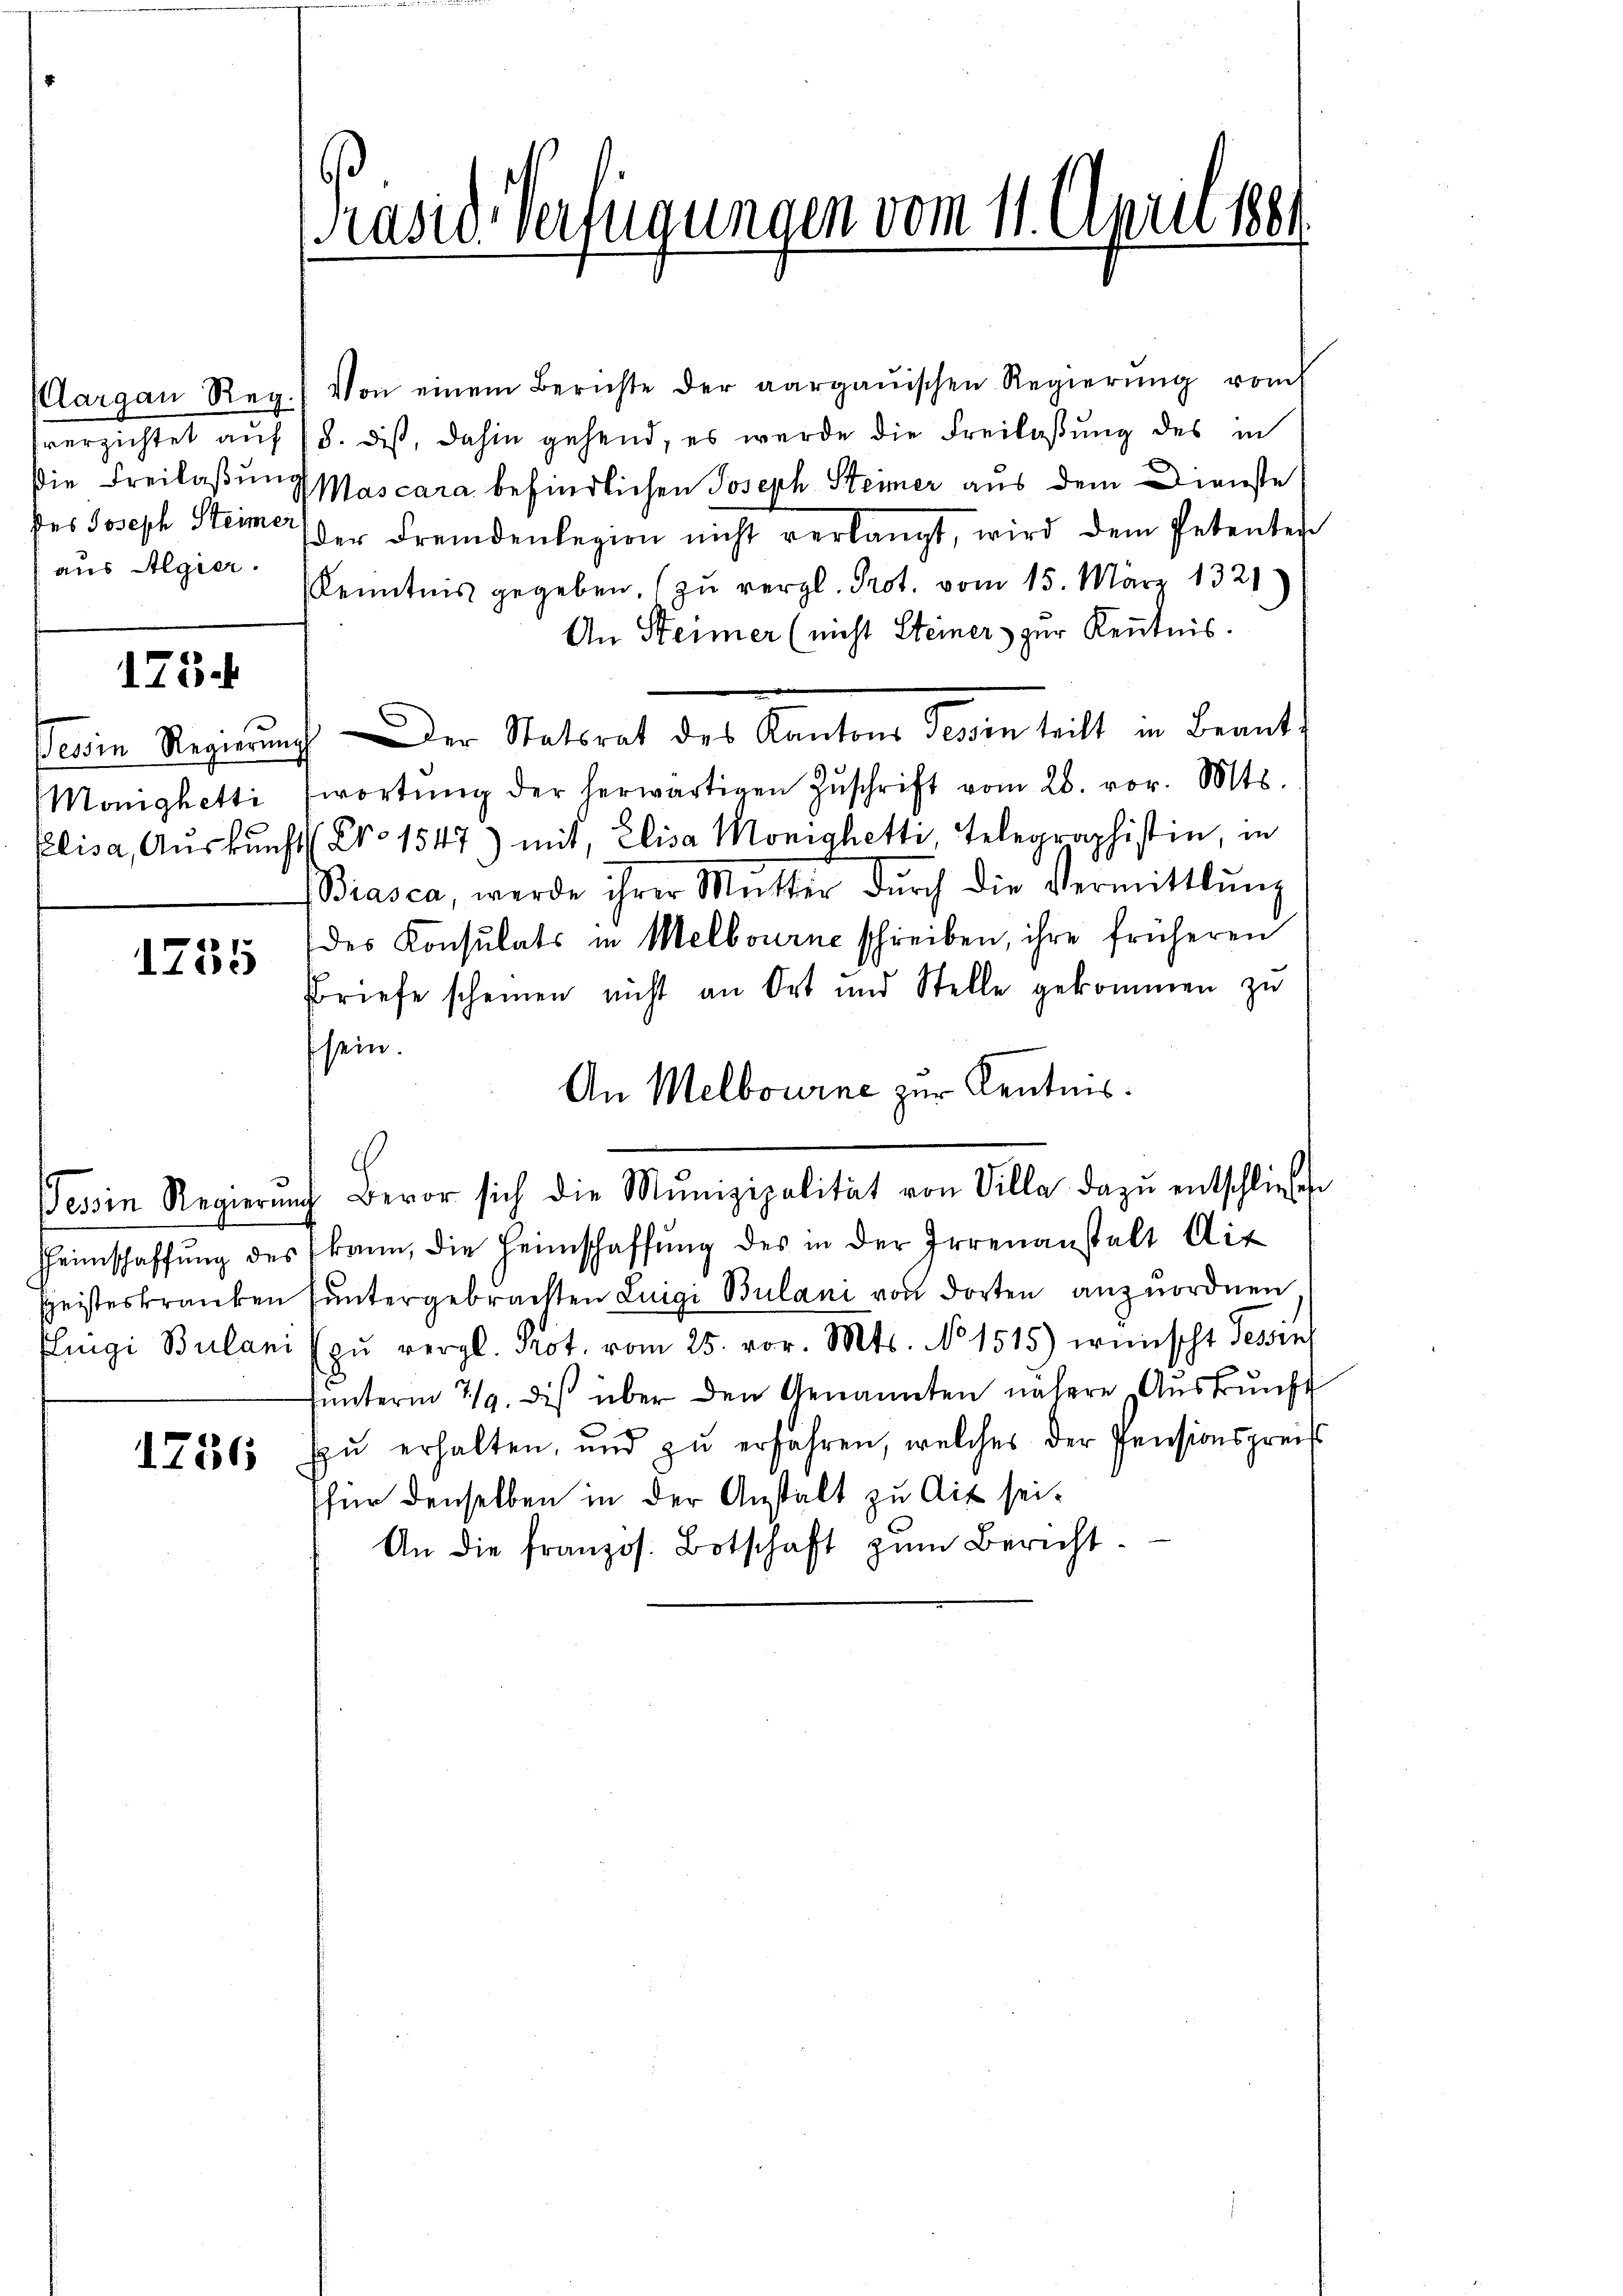
largau Reg
verzichtet auf
Die Freilaßun
des Joseph Steine
aus Algier

1754

Tessin Regierung
Mönighetti

1735

Hheimschaffung de

1756

rasid-Verfügungen vom 11. Apiu 1864

Von einem Berichte der aargauischen Regierŭng vom
ze
1/3. dis, dahin gehend, es wurde die Freilaßung des in
Mascara befindlichen Joseph Steimer aus dem Dienste
der Fremdenlegion nicht verlangt, wird dem Petenten
Kenntnis gegeben, zu vergl. Prot. vom 15. März 1321
An Steiner (nicht Steiner zur Kenntnis.
.
Der Statsrat des Kantons Tessin teilt in Beantwortŭng der herwärtigen Zŭschrift vom 28. vor. Mts.
Elisa, Auskunft (Kro. 1547) mit, Elisa Monighetti, Telegraphistin, in
Biasca, werde ihrer Mutter dŭrch die Vermittlung
des Konsulats in Melbourne schreiben, ihre früheren
Bbriefe scheinen nicht an Ort und Stelle gekommen zu
sein.
An Melbourne zur Kenntnis.
c
essin Regierŭng Bevor sich die Munizipalität von Villa dazŭ entschliesse
s (kann, die Heimschaffŭng des in der Irrenanstalt Uit
Geisteskranken untergebrachten Luigi Bulani von dorten anzuordnen
klingi Bulani (zŭ vergl. Prot. vom 25. vor. Mts. No 1515) wünscht Tessin
interm 7/9. des über den Genannten nähere Aŭskŭnft
zŭ erhalten, und zu erfahren, welches der Pensionspreis
für denselben in der Anstalt zu Ait sei¬
An die französ. Botschaft zŭm Bericht